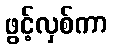
ဖွင့်လှစ်ကာ